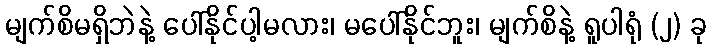
မျက်စိမရှိဘဲနဲ့ ပေါ်နိုင်ပါ့မလား၊ မပေါ်နိုင်ဘူး၊ မျက်စိနဲ့ ရူပါရုံ (၂) ခု